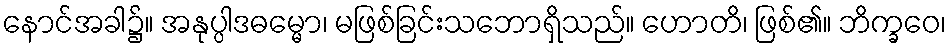
နောင်အခါ၌။ အနုပ္ပါဒဓမ္မော၊ မဖြစ်ခြင်းသဘောရှိသည်။ ဟောတိ၊ ဖြစ်၏။ ဘိက္ခဝေ၊